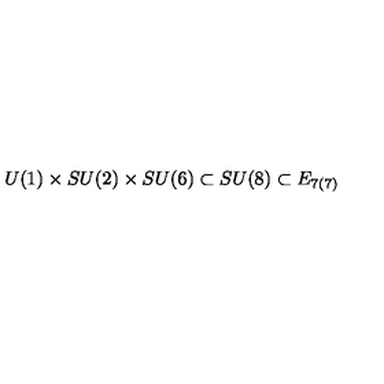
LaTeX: U ( 1 ) \times S U ( 2 ) \times S U ( 6 ) \subset S U ( 8 ) \subset E _ { 7 ( 7 ) }